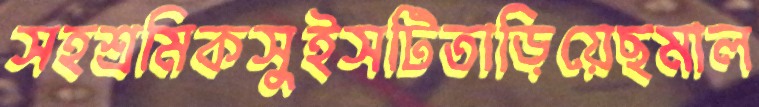
সহশ্রমিকসুইসটিতাড়িয়েছমাল